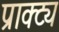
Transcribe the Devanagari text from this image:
प्राक्ट्य